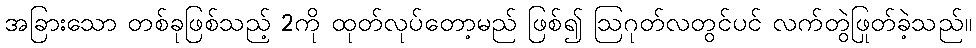
အခြားသော တစ်ခုဖြစ်သည့် 2ကို ထုတ်လုပ်တော့မည် ဖြစ်၍ ဩဂုတ်လတွင်ပင် လက်တွဲဖြုတ်ခဲ့သည်။